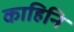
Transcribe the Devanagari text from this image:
काहिनि